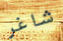
شاغر